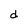
Character: d